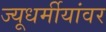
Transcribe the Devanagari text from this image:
ज्यूधर्मीयांवर